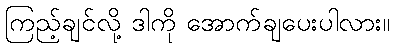
ကြည့်ချင်လို့ ဒါကို အောက်ချပေးပါလား။